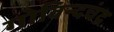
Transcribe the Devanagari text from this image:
गोविन्दचंद्र